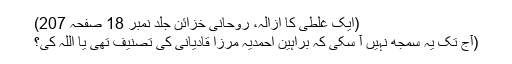
(ایک غلطی کا ازالہ، روحانی خزائن جلد نمبر 18 صفحہ 207)
(آج تک یہ سمجھ نہیں آ سکی کہ براہین احمدیہ مرزا قادیانی کی تصنیف تھی یا اللہ کی؟